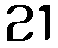
21